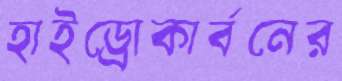
হাইড্রোকার্বনের